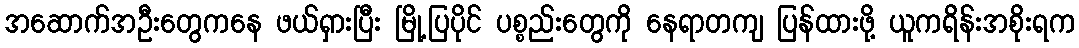
အဆောက်အဦးတွေကနေ ဖယ်ရှားပြီး မြို့ပြပိုင် ပစ္စည်းတွေကို နေရာတကျ ပြန်ထားဖို့ ယူကရိန်းအစိုးရက